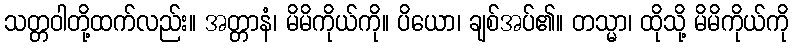
သတ္တဝါတို့ထက်လည်း။ အတ္တာနံ၊ မိမိကိုယ်ကို။ ပိယော၊ ချစ်အပ်၏။ တသ္မာ၊ ထိုသို့ မိမိကိုယ်ကို